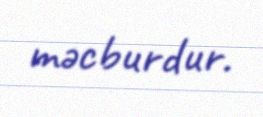
məcburdur.